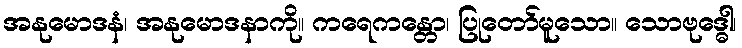
အနုမောဒနံ၊ အနုမောဒနာကို။ ကရေဂာန္တော၊ ပြုတော်မူသော။ သောဗုဒ္ဓေါ၊